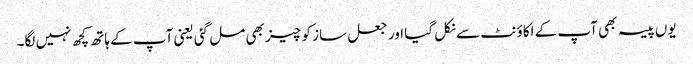
یوں پیسہ بھی آپ کے اکاؤنٹ سے نکل گیا اور جعل ساز کو چیز بھی مل گئی یعنی آپ کے ہاتھ کچھ نہیں لگا۔